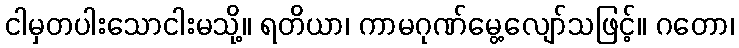
ငါမှတပါးသောငါးမသို့။ ရတိယာ၊ ကာမဂုဏ်မွေ့လျော်သဖြင့်။ ဂတော၊